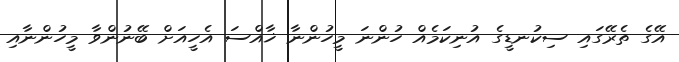
އޭގެ ތެރޭގައި ސިކުނޑީގެ އުނިކަމެއް ހުންނަ މީހުންނާ ޚާއްސަ އެހީއަށް ބޭނުންވާ މީހުންނާއި